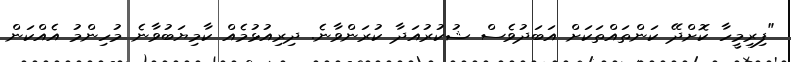
"ފިރިމީހާ ކޮށްދޭ ކަންތައްތަކަށް އަބަދުވެސް ޝުކުރުއަދާ ކުރަންވާނެ. ދިރިއުޅުމެއް ކާމިޔަބުވާނެ މުހިންމު އެއްކަން